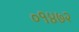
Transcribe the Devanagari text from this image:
०१४७२